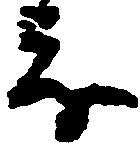
茂